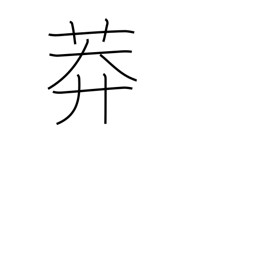
Meaning: grassy field